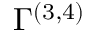
\Gamma ^ { ( 3 , 4 ) }